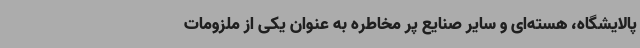
پالایشگاه، هسته‌ای و سایر صنایع پر مخاطره به عنوان یکی از ملزومات